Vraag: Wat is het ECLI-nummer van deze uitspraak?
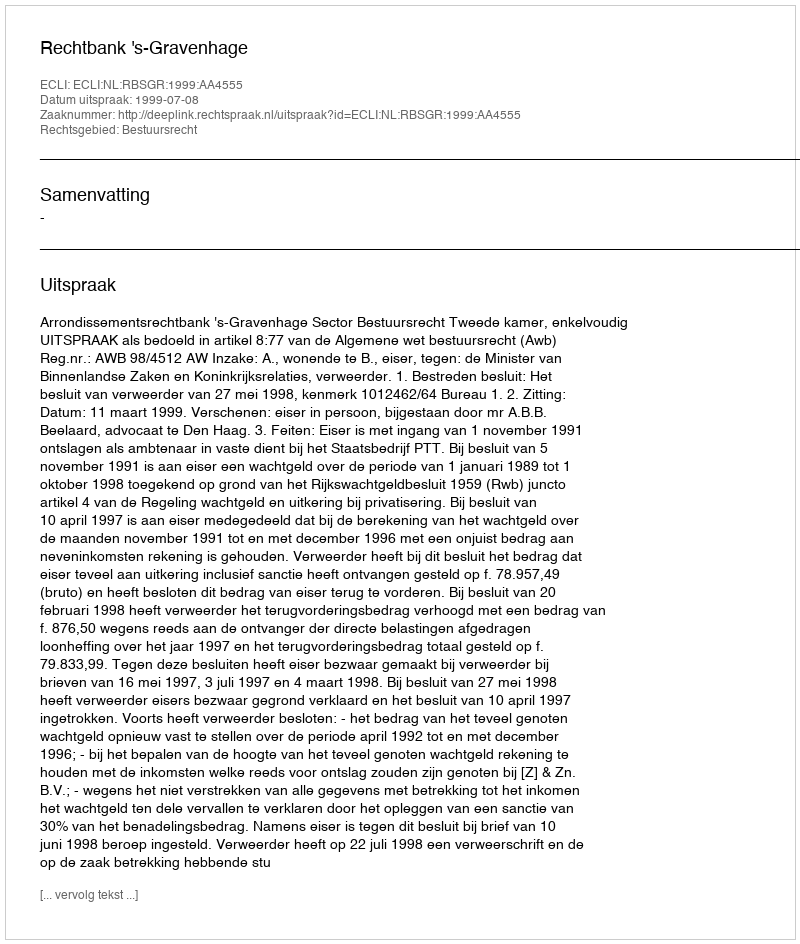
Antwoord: ECLI:NL:RBSGR:1999:AA4555